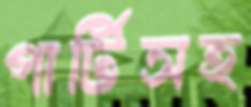
পার্টিসহ